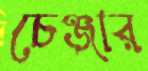
চেঞ্জার